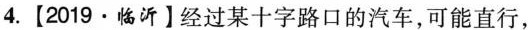
4.【2019·临沂】经过某十字路口的汽车，可能直行，